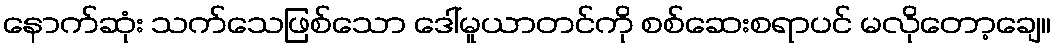
နောက်ဆုံး သက်သေဖြစ်သော ဒေါ်မူယာတင်ကို စစ်ဆေးစရာပင် မလိုတော့ချေ။